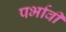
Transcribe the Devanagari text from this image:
पर्भावी